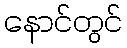
နောင်တွင်